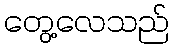
တွေ့လေသည်